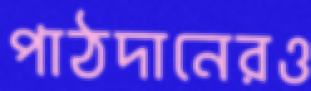
পাঠদানেরও